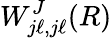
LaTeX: W_{j\ell,j\ell}^{J}(R)